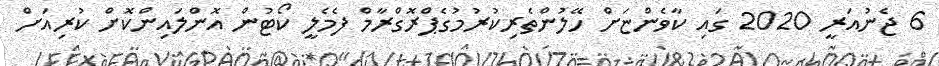
6 ޖެނުއަރީ 2020 ގައި ކާވެންޏަށް ހޭލުންތެރިކުރުމުގެޕްރޮގްރާމް ފެމެލީ ކޯޓުން އޮންލައިންކޮށް ކުރިއަށް